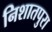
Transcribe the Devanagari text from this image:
निशातपुरा